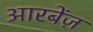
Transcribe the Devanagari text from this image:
आरबेंज़